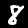
Digit: 8